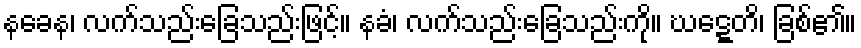
နခေန၊ လက်သည်းခြေသည်းဖြင့်။ နခံ၊ လက်သည်းခြေသည်းကို။ ဃဋ္ဋေတိ၊ ခြစ်၏။